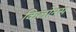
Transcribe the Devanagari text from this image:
किलोनस